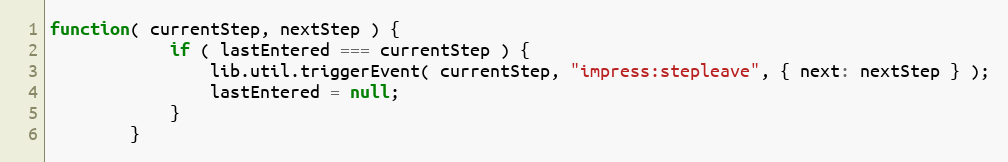
Language: JavaScript
function( currentStep, nextStep ) {
            if ( lastEntered === currentStep ) {
                lib.util.triggerEvent( currentStep, "impress:stepleave", { next: nextStep } );
                lastEntered = null;
            }
        }